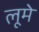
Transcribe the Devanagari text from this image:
लूमे